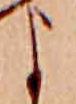
よ